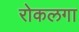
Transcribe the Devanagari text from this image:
रोकलगा